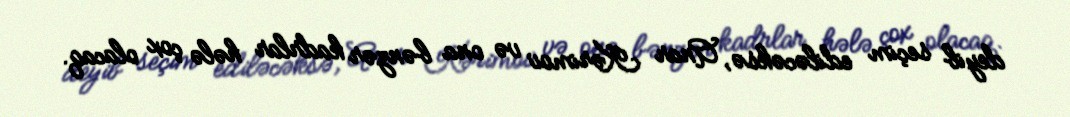
deyib seçim ediləcəksə, Anar Kərimov və ona bənzər kadrlar hələ çox olacaq.